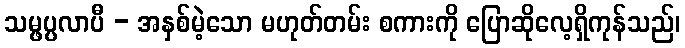
သမ္ဖပ္ပလာပီ - အနှစ်မဲ့သော မဟုတ်တမ်း စကားကို ပြောဆိုလေ့ရှိကုန်သည်၊